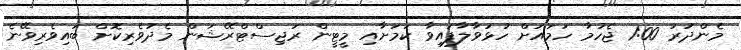
މެންދުރު 1:00 ޖެހުމާ ހަމައަށް ހުޅުވާލާފައިވާ ކަމަށާއި މީޓީން ރަޖިސްޓްރޭޝަން މެދުވެރިކޮށް ބައިވެރިވޭނެ